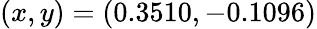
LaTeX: (x,y)=(0.3510,-0.1096)